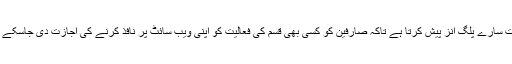
یہ بہت ہی ورسٹائل ہے اور بہت سارے پلگ انز پیش کرتا ہے تاکہ صارفین کو کسی بھی قسم کی فعالیت کو اپنی ویب سائٹ پر نافذ کرنے کی اجازت دی جاسکے بغیر کوڈ کو بھی چھوئے بغیر۔